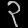
Digit: ၃